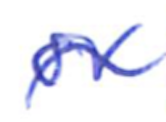
Text: or
Cross-out: wave
Writing tool: ballpoint